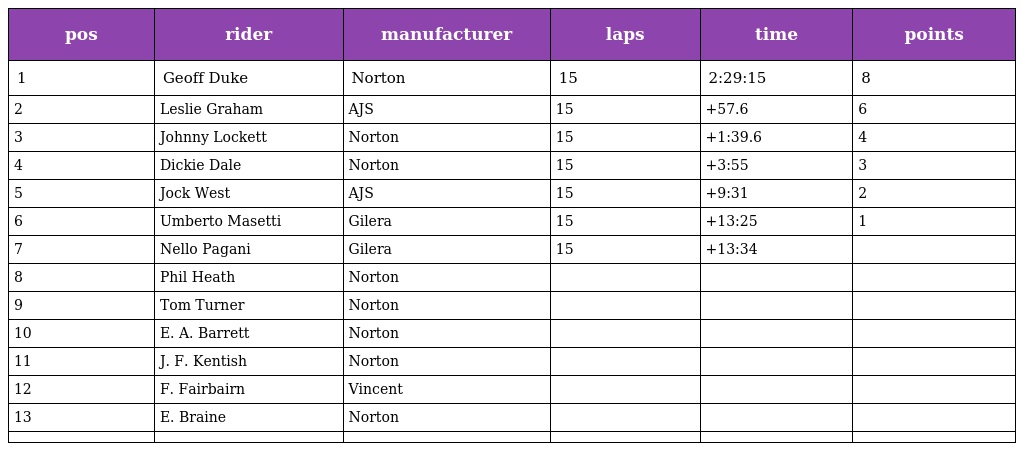
| pos | rider | manufacturer | laps | time | points |
 | --- | --- | --- | --- | --- | --- |
 | 1 | Geoff Duke | Norton | 15 | 2:29:15 | 8 |
 | 2 | Leslie Graham | AJS | 15 | +57.6 | 6 |
 | 3 | Johnny Lockett | Norton | 15 | +1:39.6 | 4 |
 | 4 | Dickie Dale | Norton | 15 | +3:55 | 3 |
 | 5 | Jock West | AJS | 15 | +9:31 | 2 |
 | 6 | Umberto Masetti | Gilera | 15 | +13:25 | 1 |
 | 7 | Nello Pagani | Gilera | 15 | +13:34 |  |
 | 8 | Phil Heath | Norton |  |  |  |
 | 9 | Tom Turner | Norton |  |  |  |
 | 10 | E. A. Barrett | Norton |  |  |  |
 | 11 | J. F. Kentish | Norton |  |  |  |
 | 12 | F. Fairbairn | Vincent |  |  |  |
 | 13 | E. Braine | Norton |  |  |  |
 |  |  |  |  |  |  |